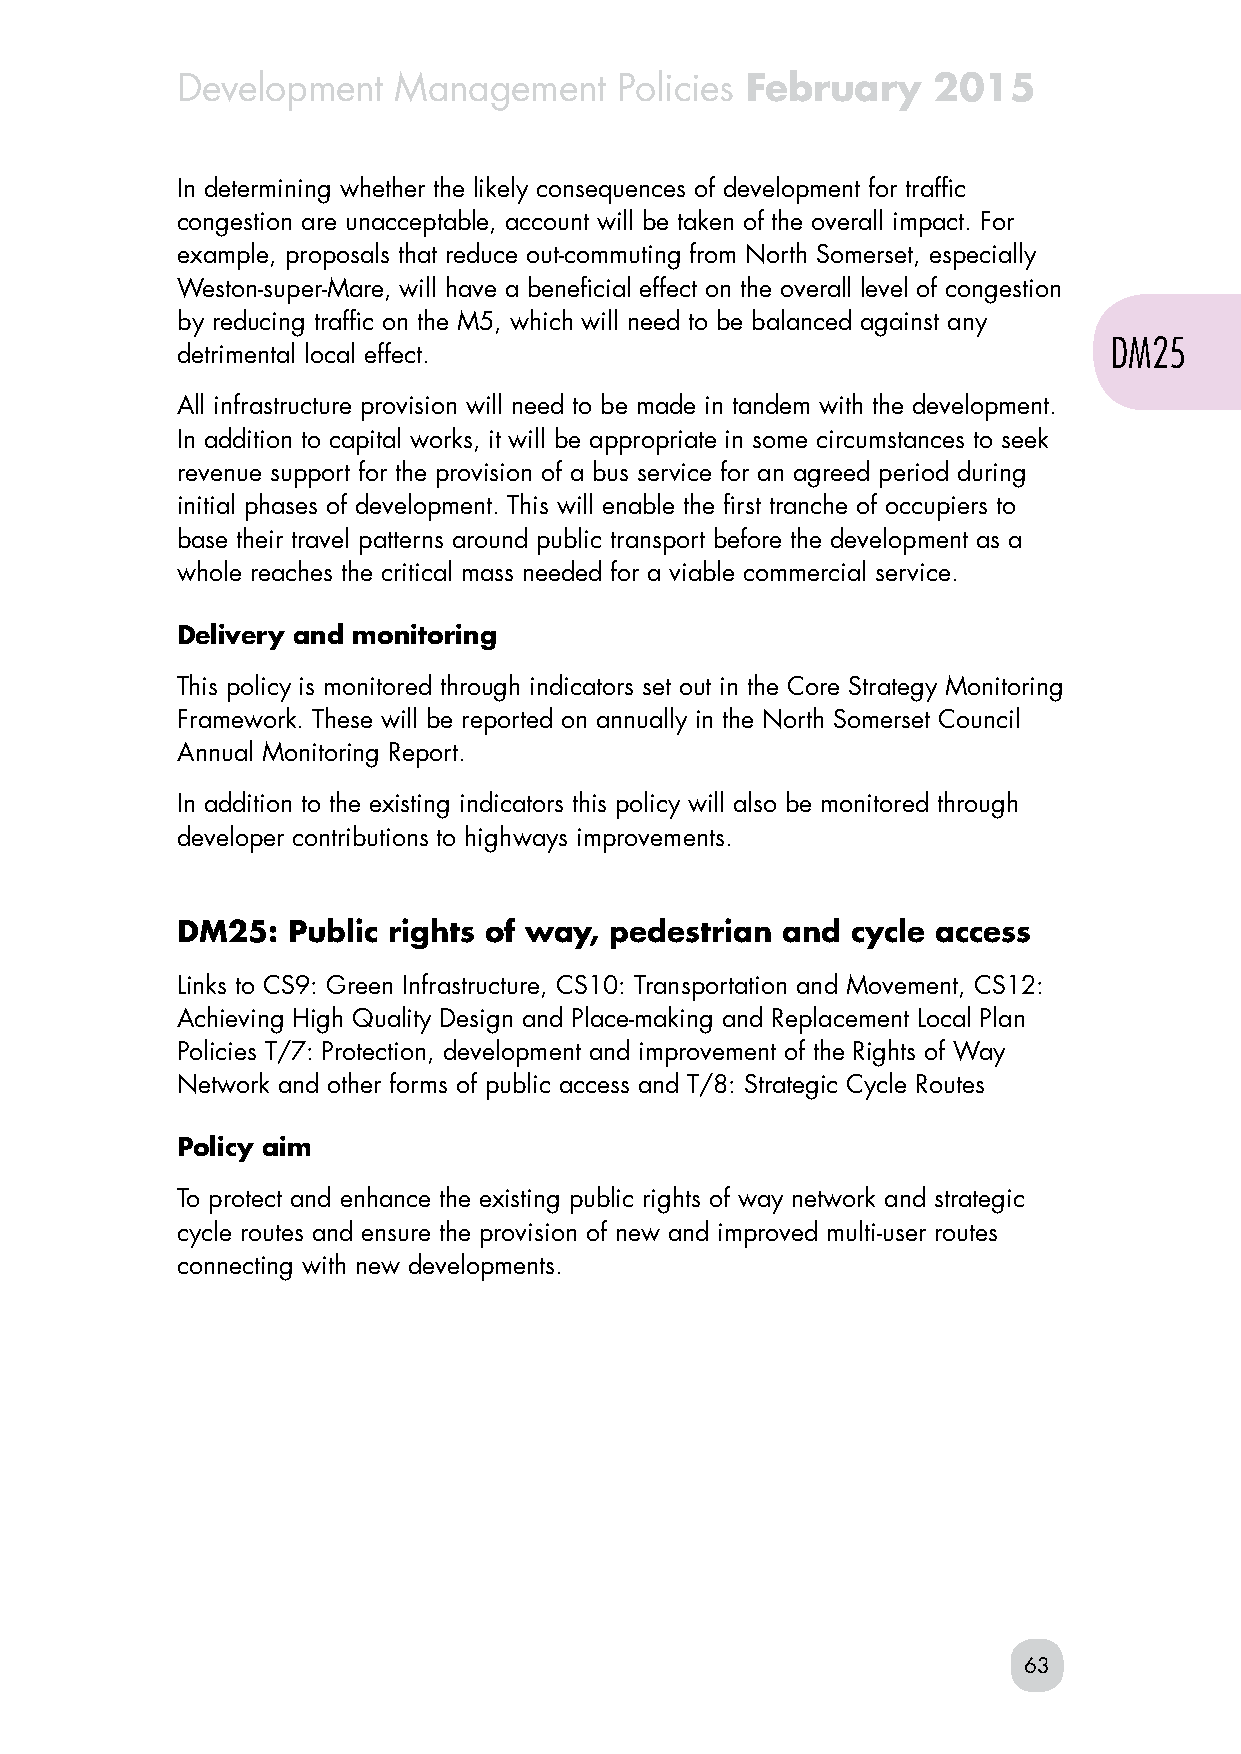
Development   Management     Policies February    2015
 In determining whether the likely consequences of development for traffic
 congestion are unacceptable, account will be taken of the overall impact. For
 example, proposals that reduce out-commuting from North Somerset, especially
 Weston-super-Mare, will have a beneficial effect on the overall level of congestion
 by reducing traffic on the M5, which will need to be balanced against any
 DM25
 detrimental local effect.
 All infrastructure provision will need to be made in tandem with the development.
 In addition to capital works, it will be appropriate in some circumstances to seek
 revenue support for the provision of a bus service for an agreed period during
 initial phases of development. This will enable the first tranche of occupiers to
 base their travel patterns around public transport before the development as a
 whole reaches the critical mass needed for a viable commercial service.
 Delivery and monitoring
 This policy is monitored through indicators set out in the Core Strategy Monitoring
 Framework. These will be reported on annually in the North Somerset Council
 Annual Monitoring Report.
 In addition to the existing indicators this policy will also be monitored through
 developer contributions to highways improvements.
 DM25:  Public rights of way, pedestrian and cycle access
 Links to CS9: Green Infrastructure, CS10: Transportation and Movement, CS12:
 Achieving High Quality Design and Place-making and Replacement Local Plan
 Policies T/7: Protection, development and improvement of the Rights of Way
 Network and other forms of public access and T/8: Strategic Cycle Routes
 Policy aim
 To protect and enhance the existing public rights of way network and strategic
 cycle routes and ensure the provision of new and improved multi-user routes
 connecting with new developments.
 63